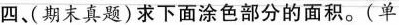
四、期末真题)求下面涂色部分的面积。(单